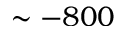
\sim - 8 0 0